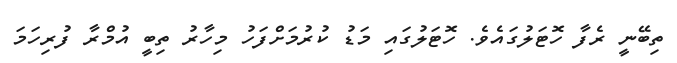
ތިބޭނީ ރެފާ ހޮޓަލުގައެވެ. ހޮޓަލުގައި މަޑު ކުރުމަށްފަހު މިހާރު ތިބީ އުމްރާ ފުރިހަމަ